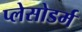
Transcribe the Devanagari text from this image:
प्लेसोडर्म